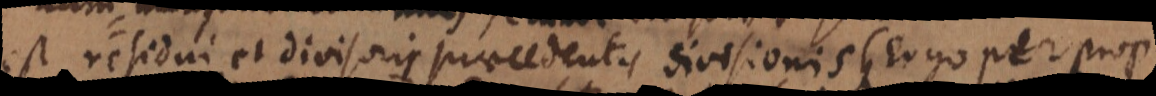
est residui et divisoris praecedentis divisionis, (ergo per prop.